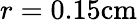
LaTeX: r=0.15\mathrm{cm}